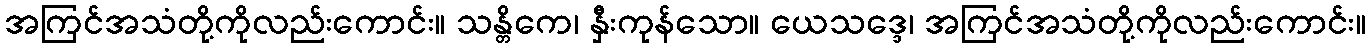
အကြင်အသံတို့ကိုလည်းကောင်း။ သန္တိကေ၊ နှီးကုန်သော။ ယေသဒ္ဒေ၊ အကြင်အသံတို့ကိုလည်းကောင်း။